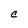
Character: C